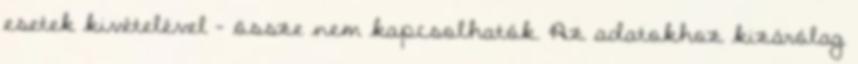
esetek kivételével - össze nem kapcsolhatók. Az adatokhoz kizárólag